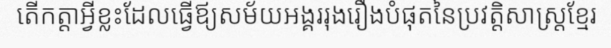
តើកត្តាអ្វីខ្លះដែលធ្វើឪ្យសម័យអង្គររុងរឿងបំផុតនៃប្រវត្តិសាស្ត្រខ្មែរ